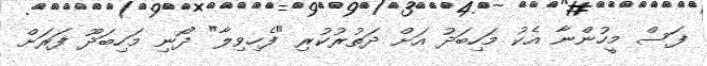
ފަސް މީހުންނާ އެކު މަހިބަދު އަށް ދަތުރުކުރި "ފެހިވިލާ" ދޯނި މަހިބަދޫ ފަރަށް